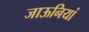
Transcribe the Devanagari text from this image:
जाऊनियां